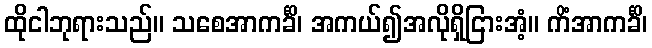
ထိုငါဘုရားသည်။ သစေအာကင်္ခိ၊ အကယ်၍အလိုရှိငြားအံ့။ ကိံအာကင်္ခိ၊